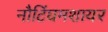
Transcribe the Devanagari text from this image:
नौटिंघमशायर